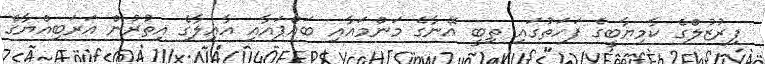
ފިރުޒުލްގެ ކާމިޔާބީގެ ފަހަތުގައި ތިބީ އޭނާގެ މަންމައާއި ބައްޕައާއި އާއިލާގެ އިތުރުން އަރަބިއްޔާގެ